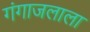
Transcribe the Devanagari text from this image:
गंगाजलाला